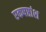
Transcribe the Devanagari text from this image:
एकषष्ठांश